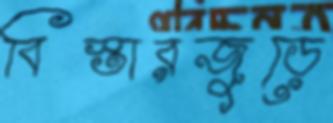
বিস্তারজুড়ে